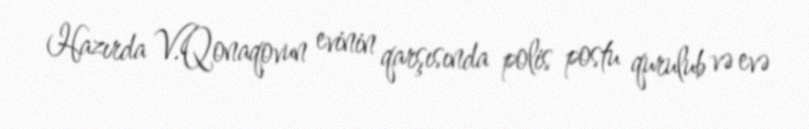
Hazırda V.Qonaqovun evinin qarşısında polis postu qurulub və evə